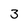
Character: 3